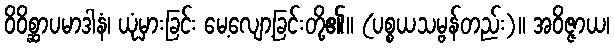
ဝိဝိစ္ဆာပမာဒါနံ၊ ယုံမှားခြင်း မေ့လျော့ခြင်းတို့၏။ (ပစ္စယသမ္ဗန်တည်း)။ အဝိဇ္ဇာယ၊